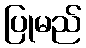
ပြုမည်